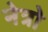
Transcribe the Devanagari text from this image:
नेत्रो